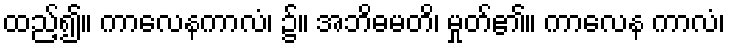
ထည့်၍။ ကာလေနကာလံ၊ ၌။ အဘိဓမတိ၊ မှုတ်၏။ ကာလေန ကာလံ၊